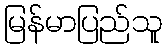
မြန်မာပြည်သူ